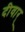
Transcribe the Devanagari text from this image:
दीवार्